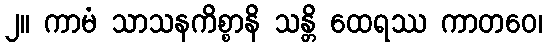
၂။ ကာမံ သာသနကိစ္စာနိ သန္တိ ထေရဿ ကာတဝေ၊